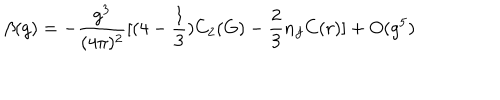
\beta ( g ) = - \frac { g ^ { 3 } } { ( 4 \pi ) ^ { 2 } } [ ( 4 - \frac { 1 } { 3 } ) C _ { 2 } ( G ) - \frac { 2 } { 3 } n _ { f } C ( r ) ] + O ( g ^ { 5 } )